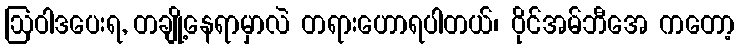
ဩဝါဒပေးရ, တချို့နေရာမှာလဲ တရားဟောရပါတယ်၊ ဝိုင်အမ်ဘီအေ ကတော့